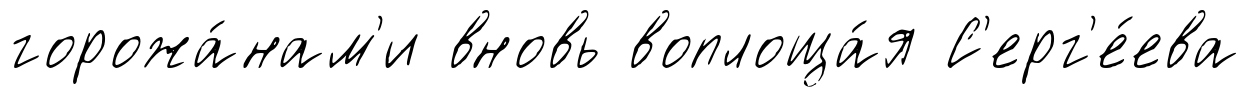
горожа́нам'и вновь воплоща́я С'ерг'е́ева